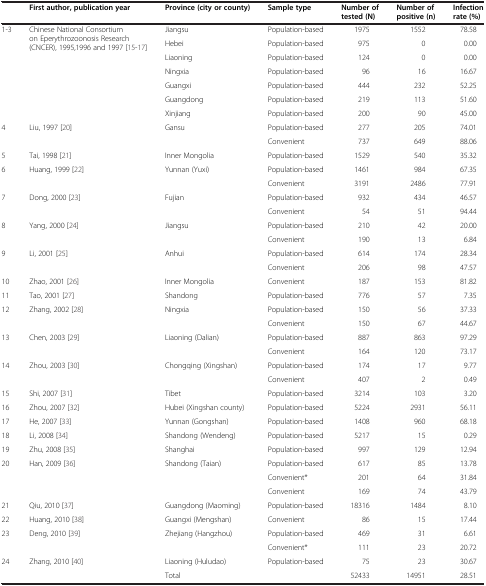
<table><thead><tr><td><b> </b></td><td><b>First author, publication year</b></td><td><b>Province (city or county)</b></td><td><b>Sample type</b></td><td><b>Number of tested (N)</b></td><td><b>Number of positive (n)</b></td><td><b>Infection rate (%)</b></td></tr></thead><tbody><tr><td rowspan="7">1-3</td><td rowspan="7">Chinese National Consortium on Eperythrozoonosis Research (CNCER), 1995,1996 and 1997 [15-17]</td><td>Jiangsu</td><td>Population-based</td><td>1975</td><td>1552</td><td>78.58</td></tr><tr><td>Hebei</td><td>Population-based</td><td>975</td><td>0</td><td>0.00</td></tr><tr><td>Liaoning</td><td>Population-based</td><td>124</td><td>0</td><td>0.00</td></tr><tr><td>Ningxia</td><td>Population-based</td><td>96</td><td>16</td><td>16.67</td></tr><tr><td>Guangxi</td><td>Population-based</td><td>444</td><td>232</td><td>52.25</td></tr><tr><td>Guangdong</td><td>Population-based</td><td>219</td><td>113</td><td>51.60</td></tr><tr><td>Xinjiang</td><td>Population-based</td><td>200</td><td>90</td><td>45.00</td></tr><tr><td rowspan="2">4</td><td rowspan="2">Liu, 1997 [20]</td><td rowspan="2">Gansu</td><td>Population-based</td><td>277</td><td>205</td><td>74.01</td></tr><tr><td>Convenient</td><td>737</td><td>649</td><td>88.06</td></tr><tr><td>5</td><td>Tai, 1998 [21]</td><td>Inner Mongolia</td><td>Population-based</td><td>1529</td><td>540</td><td>35.32</td></tr><tr><td rowspan="2">6</td><td rowspan="2">Huang, 1999 [22]</td><td rowspan="2">Yunnan (Yuxi)</td><td>Population-based</td><td>1461</td><td>984</td><td>67.35</td></tr><tr><td>Convenient</td><td>3191</td><td>2486</td><td>77.91</td></tr><tr><td rowspan="2">7</td><td rowspan="2">Dong, 2000 [23]</td><td rowspan="2">Fujian</td><td>Population-based</td><td>932</td><td>434</td><td>46.57</td></tr><tr><td>Convenient</td><td>54</td><td>51</td><td>94.44</td></tr><tr><td rowspan="2">8</td><td rowspan="2">Yang, 2000 [24]</td><td rowspan="2">Jiangsu</td><td>Population-based</td><td>210</td><td>42</td><td>20.00</td></tr><tr><td>Convenient</td><td>190</td><td>13</td><td>6.84</td></tr><tr><td rowspan="2">9</td><td rowspan="2">Li, 2001 [25]</td><td rowspan="2">Anhui</td><td>Population-based</td><td>614</td><td>174</td><td>28.34</td></tr><tr><td>Convenient</td><td>206</td><td>98</td><td>47.57</td></tr><tr><td>10</td><td>Zhao, 2001 [26]</td><td>Inner Mongolia</td><td>Convenient</td><td>187</td><td>153</td><td>81.82</td></tr><tr><td>11</td><td>Tao, 2001 [27]</td><td>Shandong</td><td>Population-based</td><td>776</td><td>57</td><td>7.35</td></tr><tr><td rowspan="2">12</td><td rowspan="2">Zhang, 2002 [28]</td><td rowspan="2">Ningxia</td><td>Population-based</td><td>150</td><td>56</td><td>37.33</td></tr><tr><td>Convenient</td><td>150</td><td>67</td><td>44.67</td></tr><tr><td rowspan="2">13</td><td rowspan="2">Chen, 2003 [29]</td><td rowspan="2">Liaoning (Dalian)</td><td>Population-based</td><td>887</td><td>863</td><td>97.29</td></tr><tr><td>Convenient</td><td>164</td><td>120</td><td>73.17</td></tr><tr><td rowspan="2">14</td><td rowspan="2">Zhou, 2003 [30]</td><td rowspan="2">Chongqing (Xingshan)</td><td>Population-based</td><td>174</td><td>17</td><td>9.77</td></tr><tr><td>Convenient</td><td>407</td><td>2</td><td>0.49</td></tr><tr><td>15</td><td>Shi, 2007 [31]</td><td>Tibet</td><td>Population-based</td><td>3214</td><td>103</td><td>3.20</td></tr><tr><td>16</td><td>Zhou, 2007 [32]</td><td>Hubei (Xingshan county)</td><td>Population-based</td><td>5224</td><td>2931</td><td>56.11</td></tr><tr><td>17</td><td>He, 2007 [33]</td><td>Yunnan (Gongshan)</td><td>Population-based</td><td>1408</td><td>960</td><td>68.18</td></tr><tr><td>18</td><td>Li, 2008 [34]</td><td>Shandong (Wendeng)</td><td>Population-based</td><td>5217</td><td>15</td><td>0.29</td></tr><tr><td>19</td><td>Zhu, 2008 [35]</td><td>Shanghai</td><td>Population-based</td><td>997</td><td>129</td><td>12.94</td></tr><tr><td rowspan="3">20</td><td rowspan="3">Han, 2009 [36]</td><td rowspan="3">Shandong (Taian)</td><td>Population-based</td><td>617</td><td>85</td><td>13.78</td></tr><tr><td>Convenient*</td><td>201</td><td>64</td><td>31.84</td></tr><tr><td>Convenient</td><td>169</td><td>74</td><td>43.79</td></tr><tr><td>21</td><td>Qiu, 2010 [37]</td><td>Guangdong (Maoming)</td><td>Population-based</td><td>18316</td><td>1484</td><td>8.10</td></tr><tr><td>22</td><td>Huang, 2010 [38]</td><td>Guangxi (Mengshan)</td><td>Convenient</td><td>86</td><td>15</td><td>17.44</td></tr><tr><td rowspan="2">23</td><td rowspan="2">Deng, 2010 [39]</td><td rowspan="2">Zhejiang (Hangzhou)</td><td>Population-based</td><td>469</td><td>31</td><td>6.61</td></tr><tr><td>Convenient*</td><td>111</td><td>23</td><td>20.72</td></tr><tr><td>24</td><td>Zhang, 2010 [40]</td><td>Liaoning (Huludao)</td><td>Population-based</td><td>75</td><td>23</td><td>30.67</td></tr><tr><td> </td><td> </td><td>Total</td><td> </td><td>52433</td><td>14951</td><td>28.51</td></tr></tbody></table>